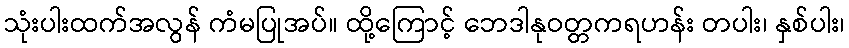
သုံးပါးထက်အလွန် ကံမပြုအပ်။ ထို့ကြောင့် ဘေဒါနုဝတ္တကရဟန်း တပါး၊ နှစ်ပါး၊